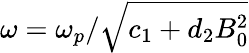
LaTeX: \omega=\omega_{p}/\sqrt{c_{1}+d_{2}B_{0}^{2}}